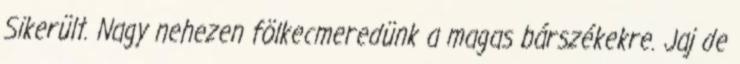
Sikerült. Nagy nehezen fölkecmeredünk a magas bárszékekre. Jaj de